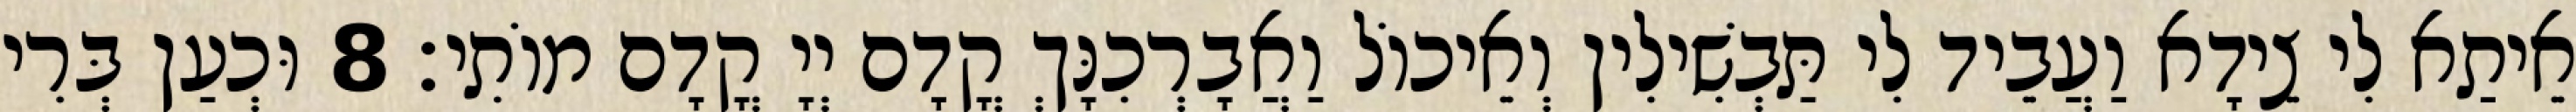
אֵיתַא לִי צֵידָא וַעֲבֵיד לִי תַּבְשִׁילִין וְאֵיכוֹל וַאֲבָרְכִנָּךְ קֳדָם יְיָ קֳדָם מוֹתִי׃ 8 וּכְעַן בְּרִי